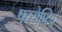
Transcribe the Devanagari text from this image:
परसेप्टिव